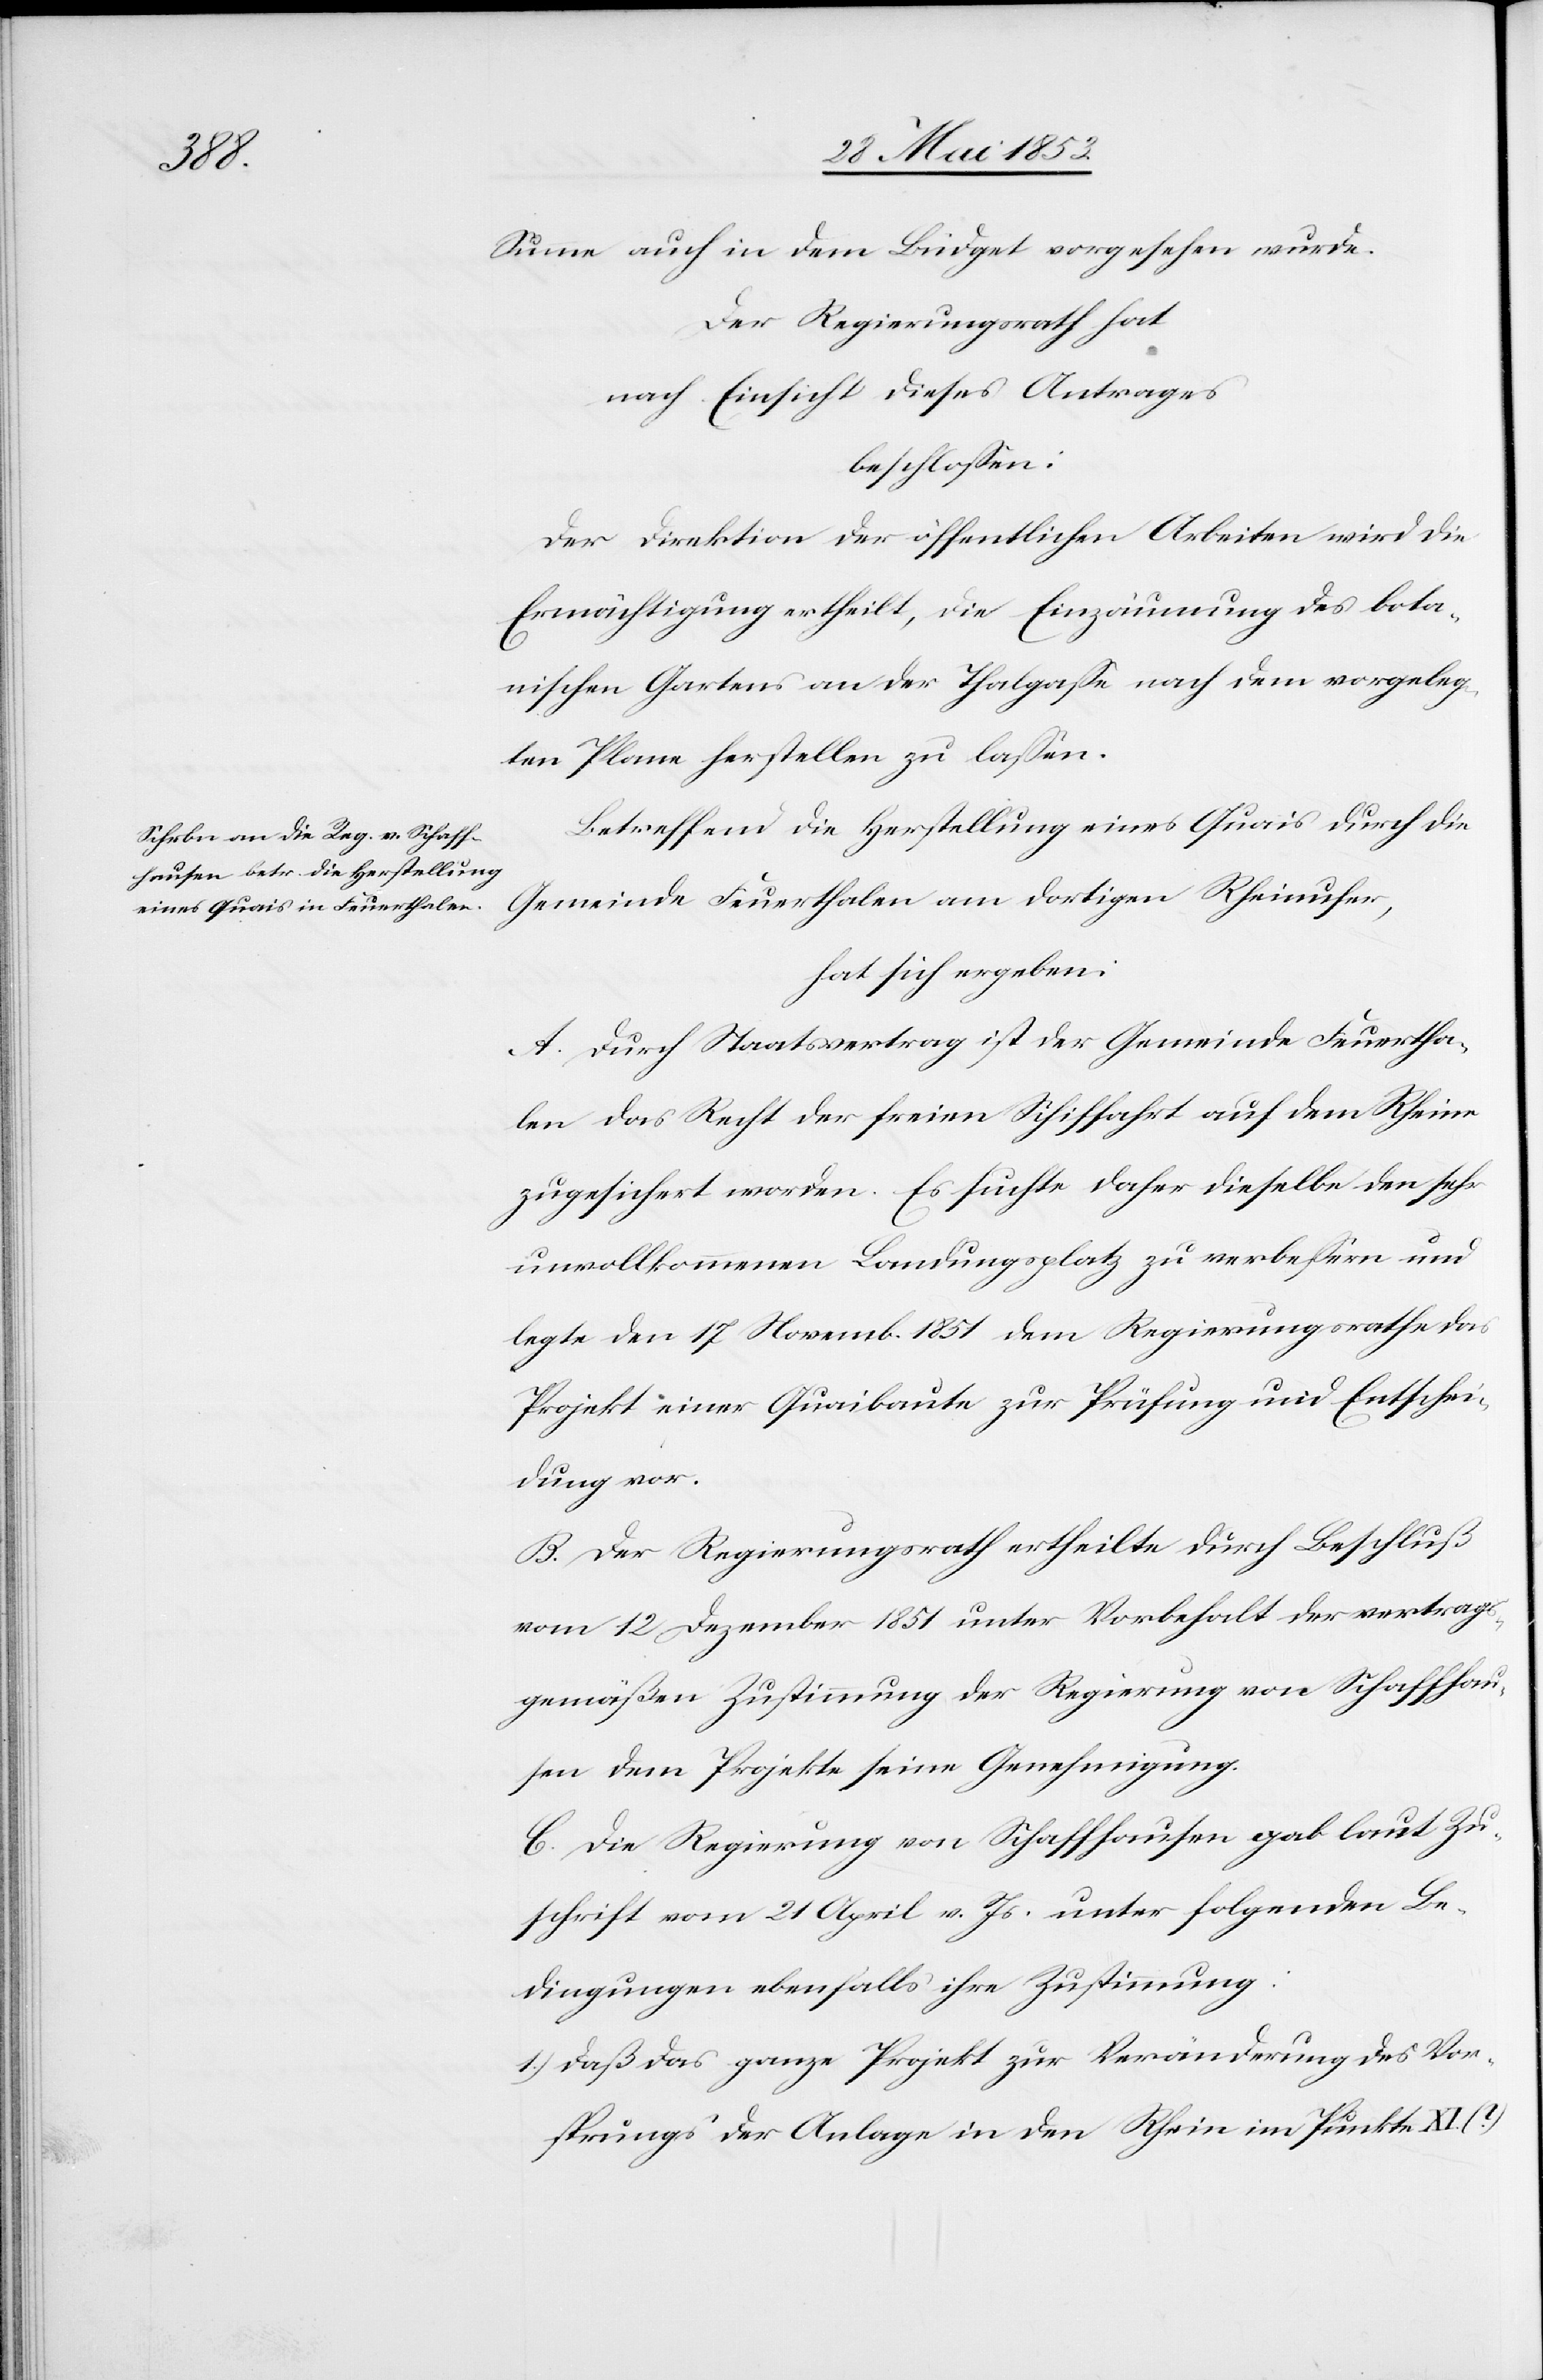
Summe auch in dem Budget vorgesehen wurde.
Der Regierungsrath hat
nach Einsicht dieses Antrages
beschloßen:
Der Direktion der öffentlichen Arbeiten wird die
Ermächtigung ertheilt, die Einzäumung des bota¬
nischen Gartens an der Thalgaße nach dem vorgeschlage¬
nen Plane herstellen zu laßen.
Betreffend Herstellung eines Quais durch die
Gemeinde Feuerthalen am dortigen Rheinufer,
hat sich ergeben:
A. Durch Staatsvertrag ist der Gemeinde Feuertha¬
len das Recht der freien Schiffahrt auf dem Rhein
zugesichert worden. Es suchte daher dieselbe den sehr
unvollkommenen Landungsplatz zu verlaßen und
legte den 17 Novemb. 1851 dem Regierungsrathe das
Projekt einer Quaibrücke zur Prüfung und Entschei¬
dung vor.
B. Der Regierungsrath ertheilte durch Beschluß
vom 12 Dezember 1851 unter Vorbehalt der vertrags¬
gemäßen Zustimmung der Regierung von Schaffhau¬
sen dem Projekte seine Genehmigung.
C. Die Regierung von Schaffhausen gab laut Zu¬
schrift vom 21 April v. Js. unter folgenden Be¬
dingungen ebenfalls ihre Zustimmung.
1.) daß das ganze Projekt zur Veränderung des Vor¬
sprungs der Anlage in den Rhein im Punkte XI.